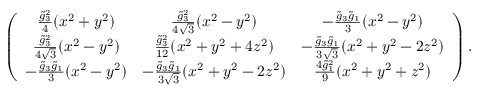
\left( \begin{array} { c c c } { { \frac { \tilde { g } _ { 3 } ^ { 2 } } { 4 } ( x ^ { 2 } + y ^ { 2 } ) } } & { { \frac { \tilde { g } _ { 3 } ^ { 2 } } { 4 \sqrt { 3 } } ( x ^ { 2 } - y ^ { 2 } ) } } & { { - \frac { \tilde { g } _ { 3 } \tilde { g } _ { 1 } } { 3 } ( x ^ { 2 } - y ^ { 2 } ) } } \\ { { \frac { \tilde { g } _ { 3 } ^ { 2 } } { 4 \sqrt { 3 } } ( x ^ { 2 } - y ^ { 2 } ) } } & { { \frac { \tilde { g } _ { 3 } ^ { 2 } } { 1 2 } ( x ^ { 2 } + y ^ { 2 } + 4 z ^ { 2 } ) } } & { { - \frac { \tilde { g } _ { 3 } \tilde { g } _ { 1 } } { 3 \sqrt { 3 } } ( x ^ { 2 } + y ^ { 2 } - 2 z ^ { 2 } ) } } \\ { { - \frac { \tilde { g } _ { 3 } \tilde { g } _ { 1 } } { 3 } ( x ^ { 2 } - y ^ { 2 } ) } } & { { - \frac { \tilde { g } _ { 3 } \tilde { g } _ { 1 } } { 3 \sqrt { 3 } } ( x ^ { 2 } + y ^ { 2 } - 2 z ^ { 2 } ) } } & { { \frac { 4 \tilde { g } _ { 1 } ^ { 2 } } { 9 } ( x ^ { 2 } + y ^ { 2 } + z ^ { 2 } ) } } \end{array} \right) .